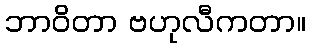
ဘာဝိတာ ဗဟုလီကတာ။